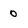
Character: O